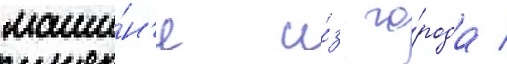
маши́н'е и́з го́рода /